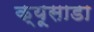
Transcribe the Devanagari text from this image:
क्यूसाडा